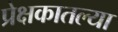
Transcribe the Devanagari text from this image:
प्रेक्षकातल्या